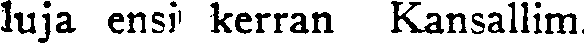
luja ensi kerran Kansallim.